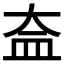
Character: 𥁋